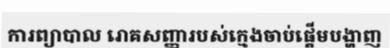
ការព្យាបាល រោគសញ្ញារបស់ក្មេងចាប់ផ្តើមបង្ហាញ